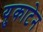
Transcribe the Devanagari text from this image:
युकाटेन